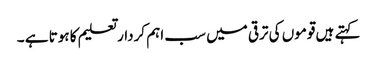
کہتے ہیں قوموں کی ترقی میں سب اہم کردار تعلیم کا ہوتا ہے ۔